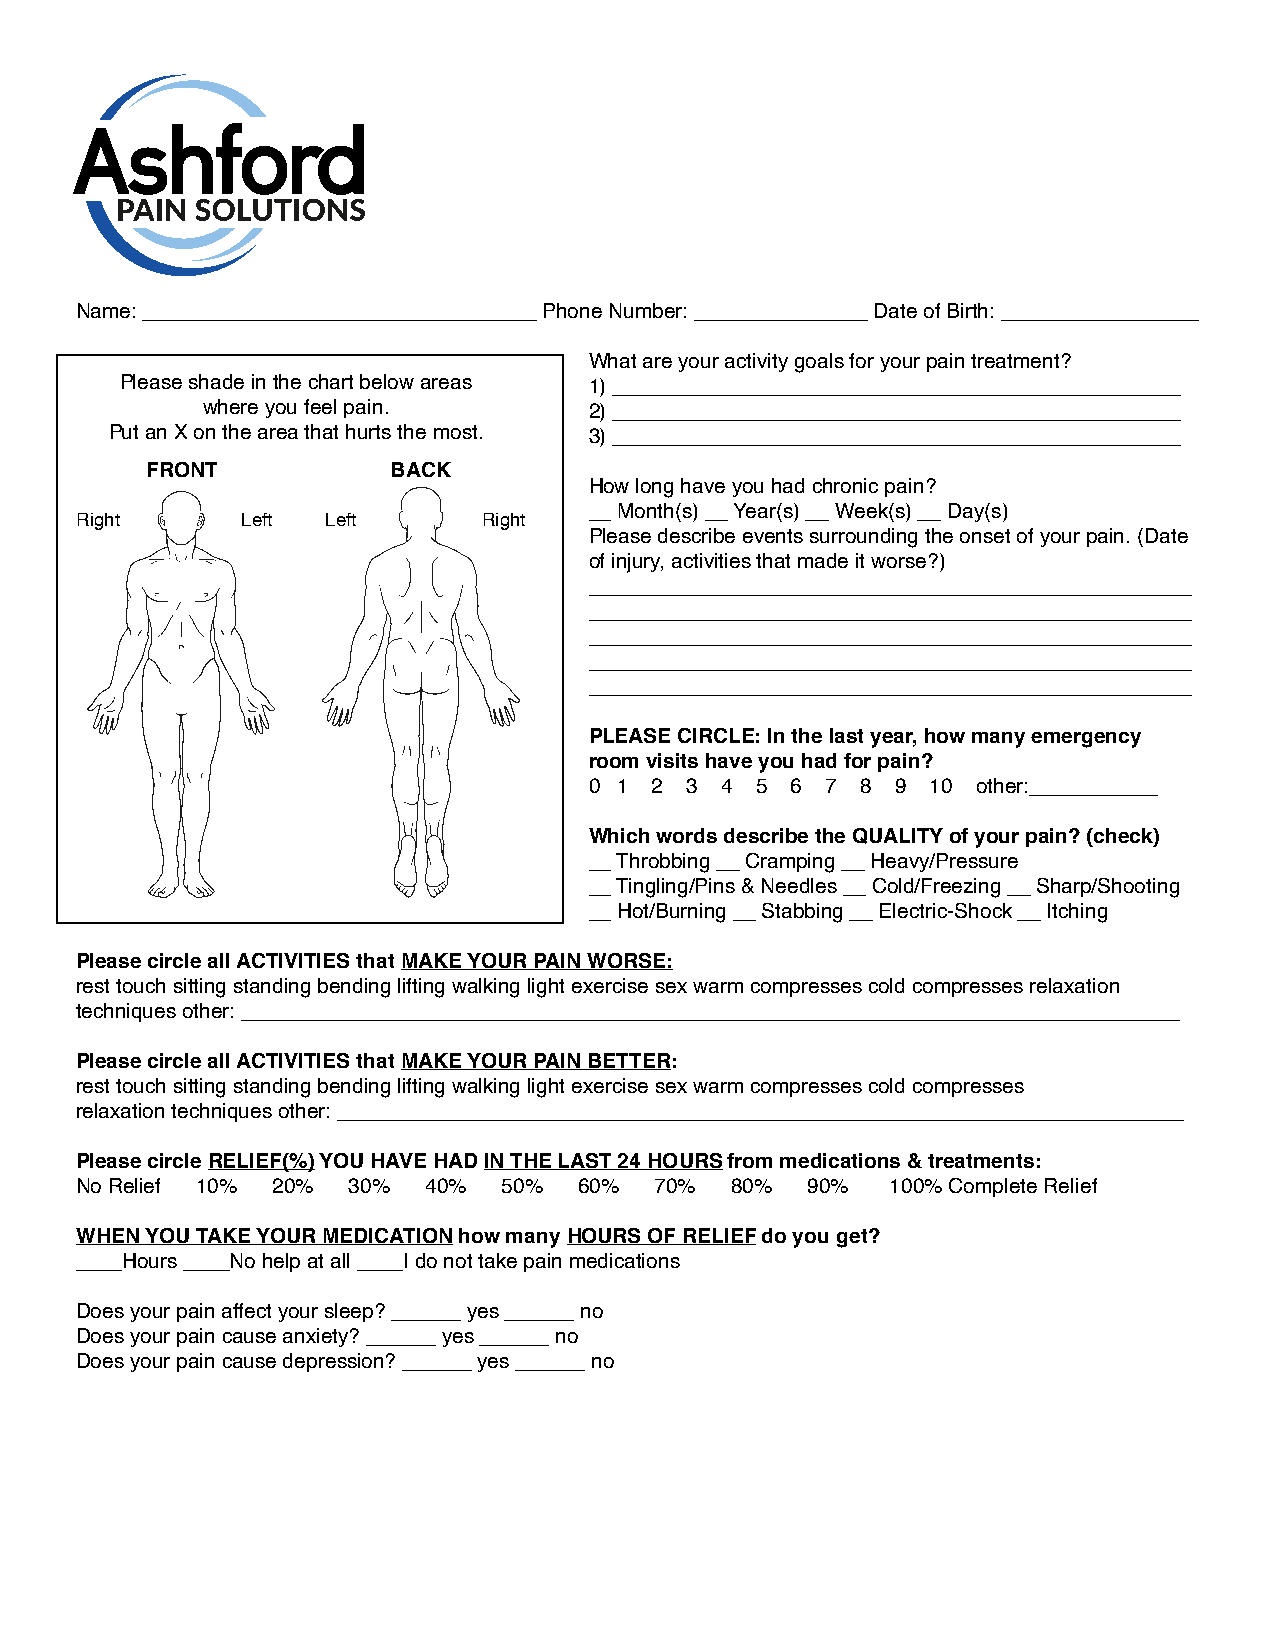
Name: __________________________________ Phone Number: _______________ Date of Birth: _________________
 What are your activity goals for your pain treatment?
 Please shade in the chart below areas 1) _________________________________________________
 where you feel pain.      2) _________________________________________________
 Put an X on the area that hurts the most. 3) _________________________________________________
 FRONT           BACK
 How long have you had chronic pain?
 __ Month(s) __ Year(s) __ Week(s) __ Day(s)
 Right      Left  Left      Right
 Please describe events surrounding the onset of your pain. (Date
 of injury, activities that made it worse?)
 ____________________________________________________
 ____________________________________________________
 ____________________________________________________
 ____________________________________________________
 ____________________________________________________
 PLEASE CIRCLE: In the last year, how many emergency
 room visits have you had for pain?
 0 1 2 3  4 5 6  7 8 9  10 other:___________
 Which words describe the QUALITY of your pain? (check)
 __ Throbbing __ Cramping __ Heavy/Pressure
 __ Tingling/Pins & Needles __ Cold/Freezing __ Sharp/Shooting
 __ Hot/Burning __ Stabbing __ Electric-Shock __ Itching
 Please circle all ACTIVITIES that MAKE YOUR PAIN WORSE:
 rest touch sitting standing bending lifting walking light exercise sex warm compresses cold compresses relaxation
 techniques other: _________________________________________________________________________________
 Please circle all ACTIVITIES that MAKE YOUR PAIN BETTER:
 rest touch sitting standing bending lifting walking light exercise sex warm compresses cold compresses
 relaxation techniques other: _________________________________________________________________________
 Please circle RELIEF(%) YOU HAVE HAD IN THE LAST 24 HOURS from medications & treatments:
 No Relief 10% 20% 30%  40%  50%  60%  70%  80%   90%  100% Complete Relief
 WHEN YOU TAKE YOUR MEDICATION how many HOURS OF RELIEF do you get?
 ____Hours ____No help at all ____I do not take pain medications
 Does your pain affect your sleep? ______ yes ______ no
 Does your pain cause anxiety? ______ yes ______ no
 Does your pain cause depression? ______ yes ______ no